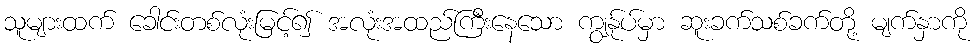
သူများထက် ခေါင်းတစ်လုံးမြင့်၍ အလုံးအထည်ကြီးနေသော ကျွန်ုပ်မှာ ဆူးခက်သစ်ခက်တို့ မျက်နှာကို